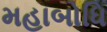
મહાબોધિ